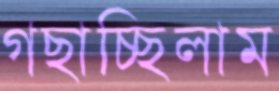
গছাচ্ছিলাম